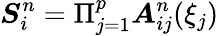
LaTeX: \boldsymbol{S}_{i}^{n}=\Pi_{j=1}^{p}\boldsymbol{A}_{ij}^{n}(\xi_{j})